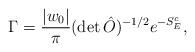
LaTeX: \begin{align*}\Gamma={|w_0|\over \pi}(\det\hat O)^{-1/2}e^{-S_E^c},\end{align*}